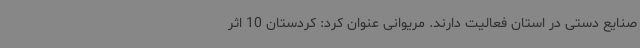
صنایع دستی در استان فعالیت دارند. مریوانی عنوان کرد: کردستان 10 اثر